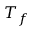
T _ { f }